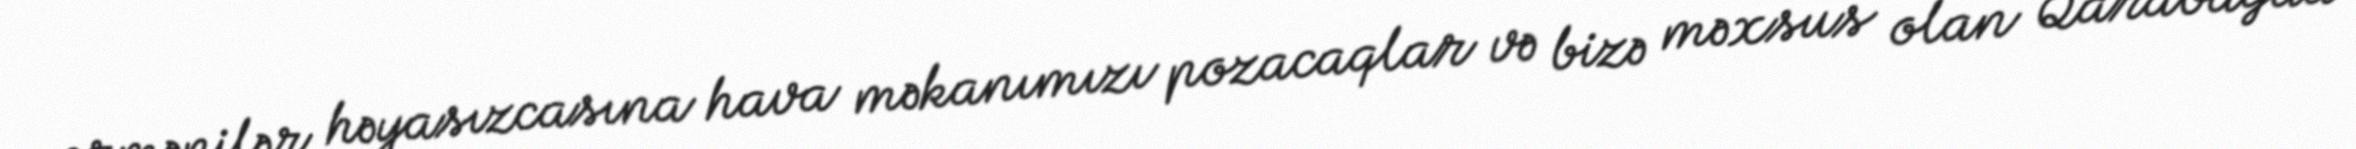
ermənilər həyasızcasına hava məkanımızı pozacaqlar və bizə məxsus olan Qarabağda